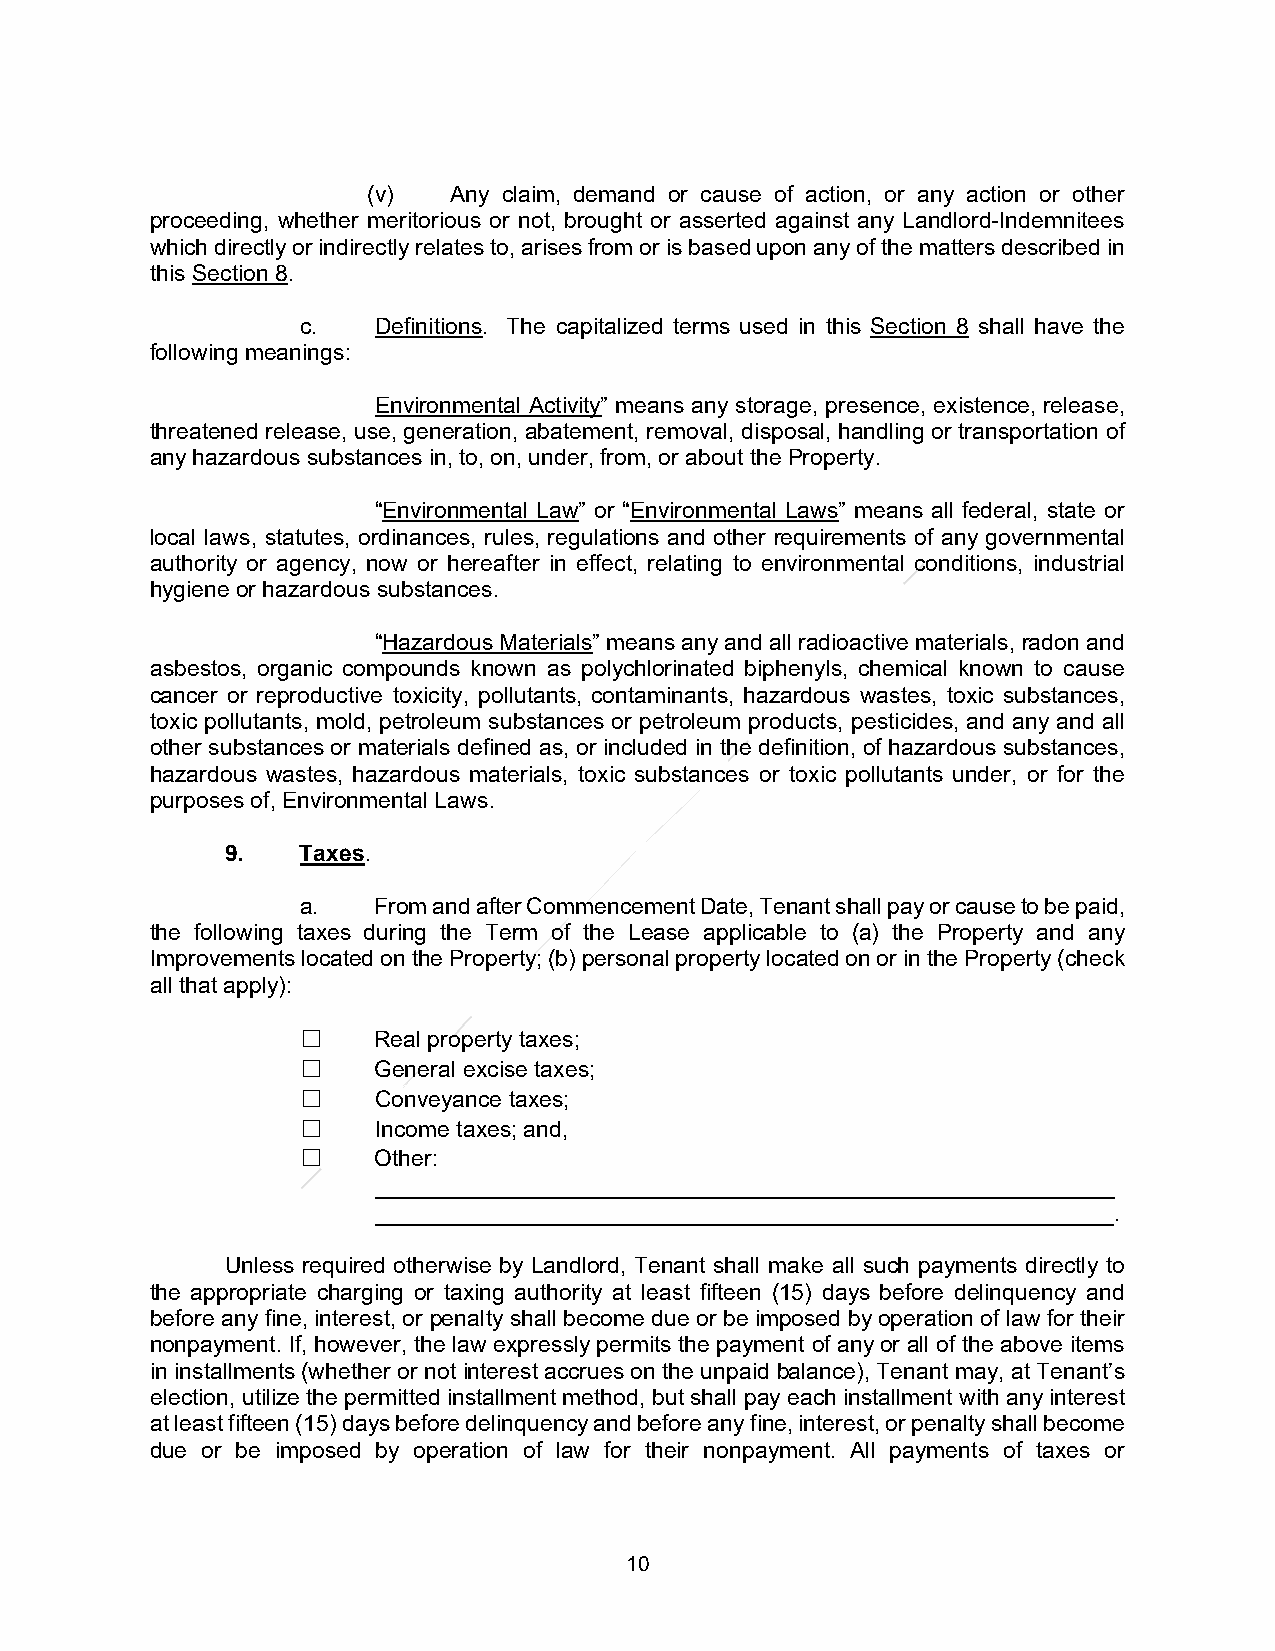
(v)   Any claim, demand or cause of action, or any action or other
 proceeding, whether meritorious or not, brought or asserted against any Landlord-Indemnitees
 which directly or indirectly relates to, arises from or is based upon any of the matters described in
 this Section 8.
 c.   Definitions. The capitalized terms used in this Section 8 shall have the
 following meanings:
 Environmental Activity” means any storage, presence, existence, release,
 threatened release, use, generation, abatement, removal, disposal, handling or transportation of
 any hazardous substances in, to, on, under, from, or about the Property.
 “Environmental Law” or “Environmental Laws” means all federal, state or
 local laws, statutes, ordinances, rules, regulations and other requirements of any governmental
 authority or agency, now or hereafter in effect, relating to environmental conditions, industrial
 hygiene or hazardous substances.
 “Hazardous Materials” means any and all radioactive materials, radon and
 asbestos, organic compounds known as polychlorinated biphenyls, chemical known to cause
 cancer or reproductive toxicity, pollutants, contaminants, hazardous wastes, toxic substances,
 toxic pollutants, mold, petroleum substances or petroleum products, pesticides, and any and all
 other substances or materials defined as, or included in the definition, of hazardous substances,
 hazardous wastes, hazardous materials, toxic substances or toxic pollutants under, or for the
 purposes of, Environmental Laws.
 9.   Taxes.
 a.   From and after Commencement Date, Tenant shall pay or cause to be paid,
 the following taxes during the Term of the Lease applicable to (a) the Property and any
 Improvements located on the Property; (b) personal property located on or in the Property (check
 all that apply):
 ☐    Real property taxes;
 ☐    General excise taxes;
 ☐    Conveyance taxes;
 ☐    Income taxes; and,
 ☐    Other:
 __________________________________________________________
 __________________________________________________________.
 Unless required otherwise by Landlord, Tenant shall make all such payments directly to
 the appropriate charging or taxing authority at least fifteen (15) days before delinquency and
 before any fine, interest, or penalty shall become due or be imposed by operation of law for their
 nonpayment. If, however, the law expressly permits the payment of any or all of the above items
 in installments (whether or not interest accrues on the unpaid balance), Tenant may, at Tenant’s
 election, utilize the permitted installment method, but shall pay each installment with any interest
 at least fifteen (15) days before delinquency and before any fine, interest, or penalty shall become
 due or be imposed by operation of law for their nonpayment. All payments of taxes or
 10